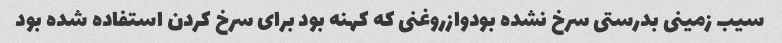
سیب زمینی بدرستی سرخ نشده بودوازروغنی که کهنه بود برای سرخ کردن استفاده شده بود